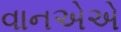
વાનએએ